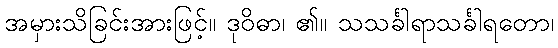
အမှားသိခြင်းအားဖြင့်။ ဒုဝိဓာ၊ ၏။ သသင်္ခါရာသင်္ခါရတော၊